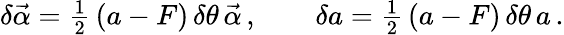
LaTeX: \delta\vec{\alpha}={\textstyle\frac 12}\, (a-F)\, \delta\theta\, \vec{\alpha}\, ,\qquad\delta a={\textstyle\frac 12}\, (a-F)\, \delta\theta\, a\, .